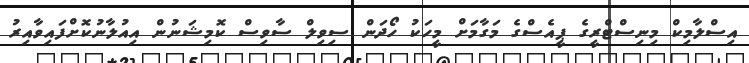
އިސްލާމިކް މިނިސްޓްރީގެ ޕީއެސްގެ މަގާމަށް މީހަކު ހޯދަން ސިވިލް ސާވިސް ކޮމިޝަނުން އިއުލާނުކޮށްފައިވާއިރު